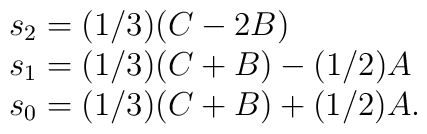
\begin{array}{l}    s_2=(1/3)(C-2B)\\    s_1=(1/3)(C+B)-(1/2)A \\    s_0=(1/3)(C+B)+(1/2)A.  \end{array}